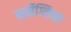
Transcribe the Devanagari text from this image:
सर्तीग्लिया